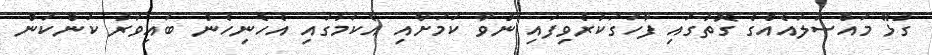
ގުޅޭ މައްސަލައެއްގެ ގޮތުގައި ފާހަގަކުރެވިފައި ނުވާ ކަމަށާއި އެކަމުގައި އެހެނިހެން ބައިވަރު ކަންކަން